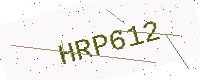
Text: HRP612